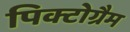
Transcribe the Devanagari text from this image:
पिक्टोग्रैम